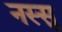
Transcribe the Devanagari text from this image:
नस्सु